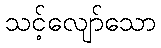
သင့်လျော်သော